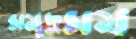
সমুদ্রসম